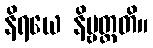
နိရယေ နိဗ္ဗတ္တတိ။